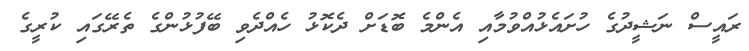
ރައީސް ނަޝީދުގެ ހުށައެޅުއްވުމާއި އެންމެ ބޮޑަށް ދެކޮޅު ހެއްދެވި ބޭފުޅުންގެ ތެރޭގައި ކުރީގެ